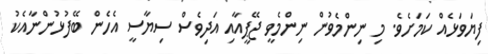
ފިޔަވަޅެއް ކަމަށެވެ. މި ނިންމެވުން ނިންމެވީ ޖޭޕީއާއި އަދިވެސް ސިޔާސީ އެހެން ބޭފުޅުންނާއެކު